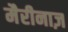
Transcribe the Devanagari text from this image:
मैरीनाज़